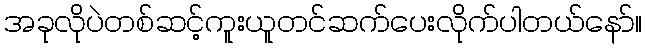
အခုလိုပဲတစ်ဆင့်ကူးယူတင်ဆက်ပေးလိုက်ပါတယ်နော်။